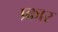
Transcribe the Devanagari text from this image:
प्र्कार